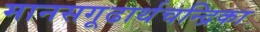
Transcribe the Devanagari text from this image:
मानसगूढार्थचन्द्रिका